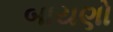
બાયણો